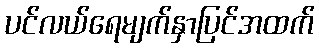
ပင်လယ်ရေမျက်နှာပြင်အထက်